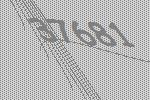
37681